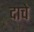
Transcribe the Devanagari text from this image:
दाचे